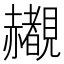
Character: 𬦄